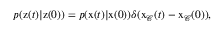
\begin{array} { r } { p ( \mathbf { \boldsymbol { z } } ( t ) | \mathbf { \boldsymbol { z } } ( 0 ) ) = p ( \mathbf { \boldsymbol { x } } ( t ) | \mathbf { \boldsymbol { x } } ( 0 ) ) \delta ( \mathbf { \boldsymbol { x } } _ { \mathcal { C } } ( t ) - \mathbf { \boldsymbol { x } } _ { \mathcal { C } } ( 0 ) ) , } \end{array}